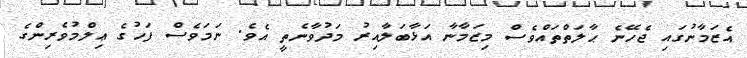
އެޒަމާނުގައި ޖެހޭނެ ޙާލަތްތައްވެސް މިޒަމާނާ އަޅާބަލާއިރު މަދުވާނެތީ އެވެ. ނަމަވެސް ފަހުގެ ޢިލްމުވެރިންގެ